Vaccination United Provinces of Agra and Oudh 1902-1913 - 1902-1913
Year: 1902
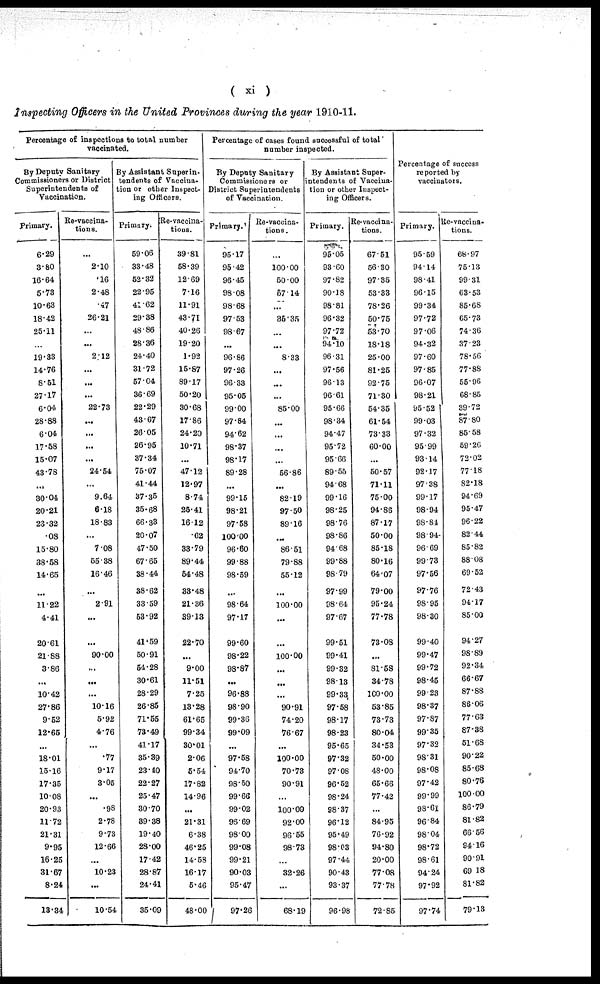
( xi )
Inspecting Officers in the United Provinces during the year 1910-11.
Percentage of inspections to total number
vaccinated.
By Deputy Sanitary
Commissioners or District
Superintendents of
Vaccination.
Primary.
6.29
3.80
16.64
5.73
10.63
18.42
25.11
...
19.33
14.76
8.51
27.17
6.04
28.88
6.04
17.58
15.07
43.78
...
30.04
20.21
23.32
.08
15.80
38.58
14.65
...
11.22
4.41
20.61
21.88
3.86
...
10.42
27.86
9.52
12.65
...
18.01
15.16
17.35
10.08
20.93
11.72
21.31
9.95
16.25
31.67
8.24
13.34
Re-vaccina-
tions.
...
2.10
.16
2.48
.47
26.21
...
...
2.12
...
...
...
22.73
...
...
...
...
24.54
...
9.64
6.18
18.83
...
7.08
55.38
16.46
...
2.91
...
...
90.00
...
...
...
10.16
5.92
4.76
...
.77
9.17
3.05
...
.98
2.78
9.73
12.66
...
10.23
...
10.54
By Assistant Superin-
tendents of Vaccina-
tion or other Inspect-
ing Officers.
Primary;
59.06
33.48
52.32
22.95
41.62
29.38
48.86
28.36
24.40
31.72
57.04
36.69
22.29
43.67
26.05
26.95
37.34
75.07
41.44
37.35
35.68
66.33
20.07
47.50
67.65
38.44
38.62
33.59
53.92
41.59
50.91
54.28
30.61
28.29
26.85
71.55
73.49
41.17
35.39
23.40
22.27
25.47
30.70
39.38
19.40
28.00
17.42
28.87
24.41
35.09
Re-vaccina-
tions.
39.81
58.39
12.69
7.16
11.91
43.71
40.26
19.20
1.92
15.87
89.17
50.20
30.68
17.86
24.20
10.71
...
47.12
12.97
8.74
25.41
16.12
.62
33.79
89.44
54.48
33.48
21.36
39.13
22.70
...
9.00
11.51
7.25
13.28
61.65
99.34
30.01
2.06
5.54
17.82
14.96
...
21.31
6.38
46.25
14.58
16.17
5.46
48.00
Percentage of cases found successful of total
number inspected.
By Deputy Sanitary
Commissioners or
District Superintendents
of Vaccination.
Primary.
95.17
95.42
96.45
98.08
98.68
97.53
98.67
...
96.86
97.26
96.33
95.05
99.00
97.84
94.62
98.37
98.17
89.28
...
99.15
98.21
97.58
100.00
96.60
99.88
98.59
...
98.64
97.17
99.60
98.22
98.87
...
96.88
98.90
99.36
99.09
...
97.58
94.70
98.50
99.66
99.02
96.69
98.00
99.08
99.21
90.03
95.47
97.26
Re-vaccina-
tions.
...
100.00
50.00
57.14
...
35.35
...
...
8.33
...
...
...
85.00
...
...
...
...
56.86
...
82.19
97.50
89.16
...
86.51
79.88
55.12
...
100.00
...
...
100.00
...
...
...
90.91
74.20
76.67
...
100.00
70.73
90.91
...
100.00
92.00
96.55
98.73
...
32.26
...
68.19
By Assistant Super-
intendents of Vaccina-
tion or other Inspect-
ing Officers.
Primary.
95.05
93.60
97.82
90.18
98.81
96.32
97.72
94.10
96.31
97.56
96.13
96.61
95.66
98.34
94.47
95.72
95.66
89.55
94.68
99.16
98.25
98.76
98.86
94.68
99.88
98.79
97.99
98.64
97.67
99.51
99.41
99.32
98.13
99.33
97.58
98.17
98.23
95.65
97.32
97.08
96.52
98.24
98.37
96.12
95.49
98.03
97.44
90.43
93.37
96.98
Re-vaccina-
tions.
67.51
56.30
97.35
53.33
78.26
50.75
53.70
18.18
25.00
81.25
92.75
71.30
54.35
61.54
73.33
60.00
...
50.57
71.11
75.00
94.86
87.17
50.00
85.18
80.16
64.07
79.00
95.24
77.78
73.08
...
81.58
34.78
100.00
53.85
73.73
80.04
34.53
50.00
48.00
65.66
77.42
...
84.95
76.92
94.80
20.00
77.08
77.78
72.85
Percentage of success
reported by
vaccinators.
Primary.
95.59
94.14
98.41
96.15
99.34
97.72
97.06
94.32
97.60
97.85
96.07
98.21
95.52
99.03
97.32
95.99
93.14
92.17
97.38
99.17
98.94
98.81
98.94
96.69
99.73
97.56
97.76
98.95
98.30
99.40
99.47
99.72
98.45
99.23
98.37
97.87
99.35
97.32
98.31
98.08
97.42
99.99
98.61
96.84
98.04
98.72
98.61
94.24
97.92
97.74
Re- vaccina-
tions.
68.97
75.13
99.31
63.53
85.68
65.73
74.36
37.23
78.56
77.88
55.96
68.85
39.72
87.80
85.58
59.26
72.02
77.18
82.18
94.69
95.47
96.22
82.44
85.82
88.08
69.52
72.43
94.17
85.00
94.27
98.89
92.34
66.67
87.88
86.06
77.63
87.38
51.68
90.22
85.68
80.76
100.00
86.79
81.82
66.56
94.16
90.91
69.18
81.82
79.13